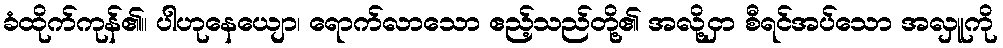
ခံထိုက်ကုန်၏။ ပါဟုနေယျော၊ ရောက်လာသော ဧည့်သည်တို့၏ အလို့ငှာ စီရင်အပ်သော အလှူကို